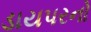
ડાયપરનો